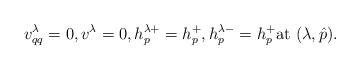
LaTeX: \begin{align*}v^{\lambda}_{qq} =0, v^{\lambda} =0, h^{\lambda+}_{p} =h_{p}^+, h^{\lambda-}_{p}=h_{p}^+ \textrm{at } (\lambda, \hat{p}).\end{align*}